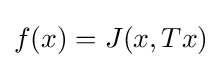
f(x)=J(x,Tx)